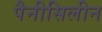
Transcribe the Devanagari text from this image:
पैनीसिलीन